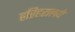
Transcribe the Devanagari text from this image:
हरिहरालये